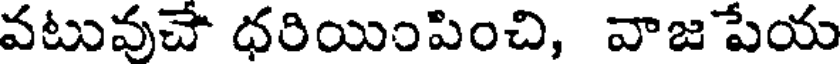
వటువుచే ధరియింపించి, వాజ పేయ